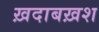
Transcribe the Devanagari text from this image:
ख़दाबख़श